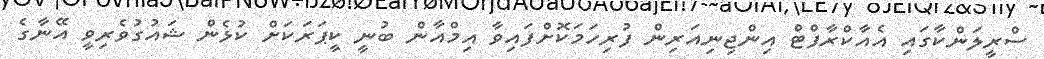
ސްރީލަންކާގައި އެއާކްރާފްޓް އިންޖިނިއަރިން ފުރިހަމަކޮށްފައިވާ އިމްއާން ބުނީ ކީޕަރަކަށް ކުޅެން ޝައުގުވެރިވީ އޭނާގެ